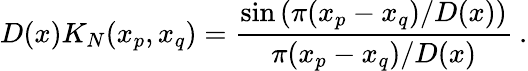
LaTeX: D(x)K_{N}(x_{p},x_{q})=\frac{\sin\left(\pi(x_{p}-x_{q})/D(x)\right)}{\pi(x_{p}-x_{q})/D(x)}\: .